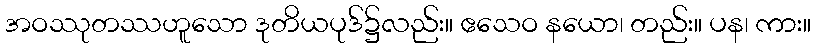
အဝဿုတဿဟူသော ဒုတိယပုဒ်၌လည်း။ ဧသေဝ နယော၊ တည်း။ ပန၊ ကား။